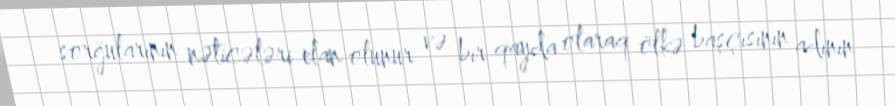
sorğularının nəticələri elan olunur və bir qayda olaraq ölkə başçısının adının